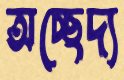
অচ্ছেদ্য